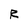
Character: R